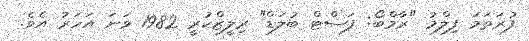
ފުރަތަމަ ފިލްމު "ރާމްބޯ: ފަސްޓް ބުލަޑް" ރިލީޒްކުރީ 1982 ވަނަ އަހަރު އެވެ.